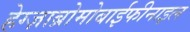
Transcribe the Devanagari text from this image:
हेग्ज़ाब्रोमोबाईफीनाइल